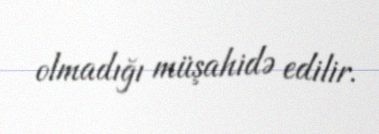
olmadığı müşahidə edilir.